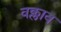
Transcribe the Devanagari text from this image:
वक्लाव